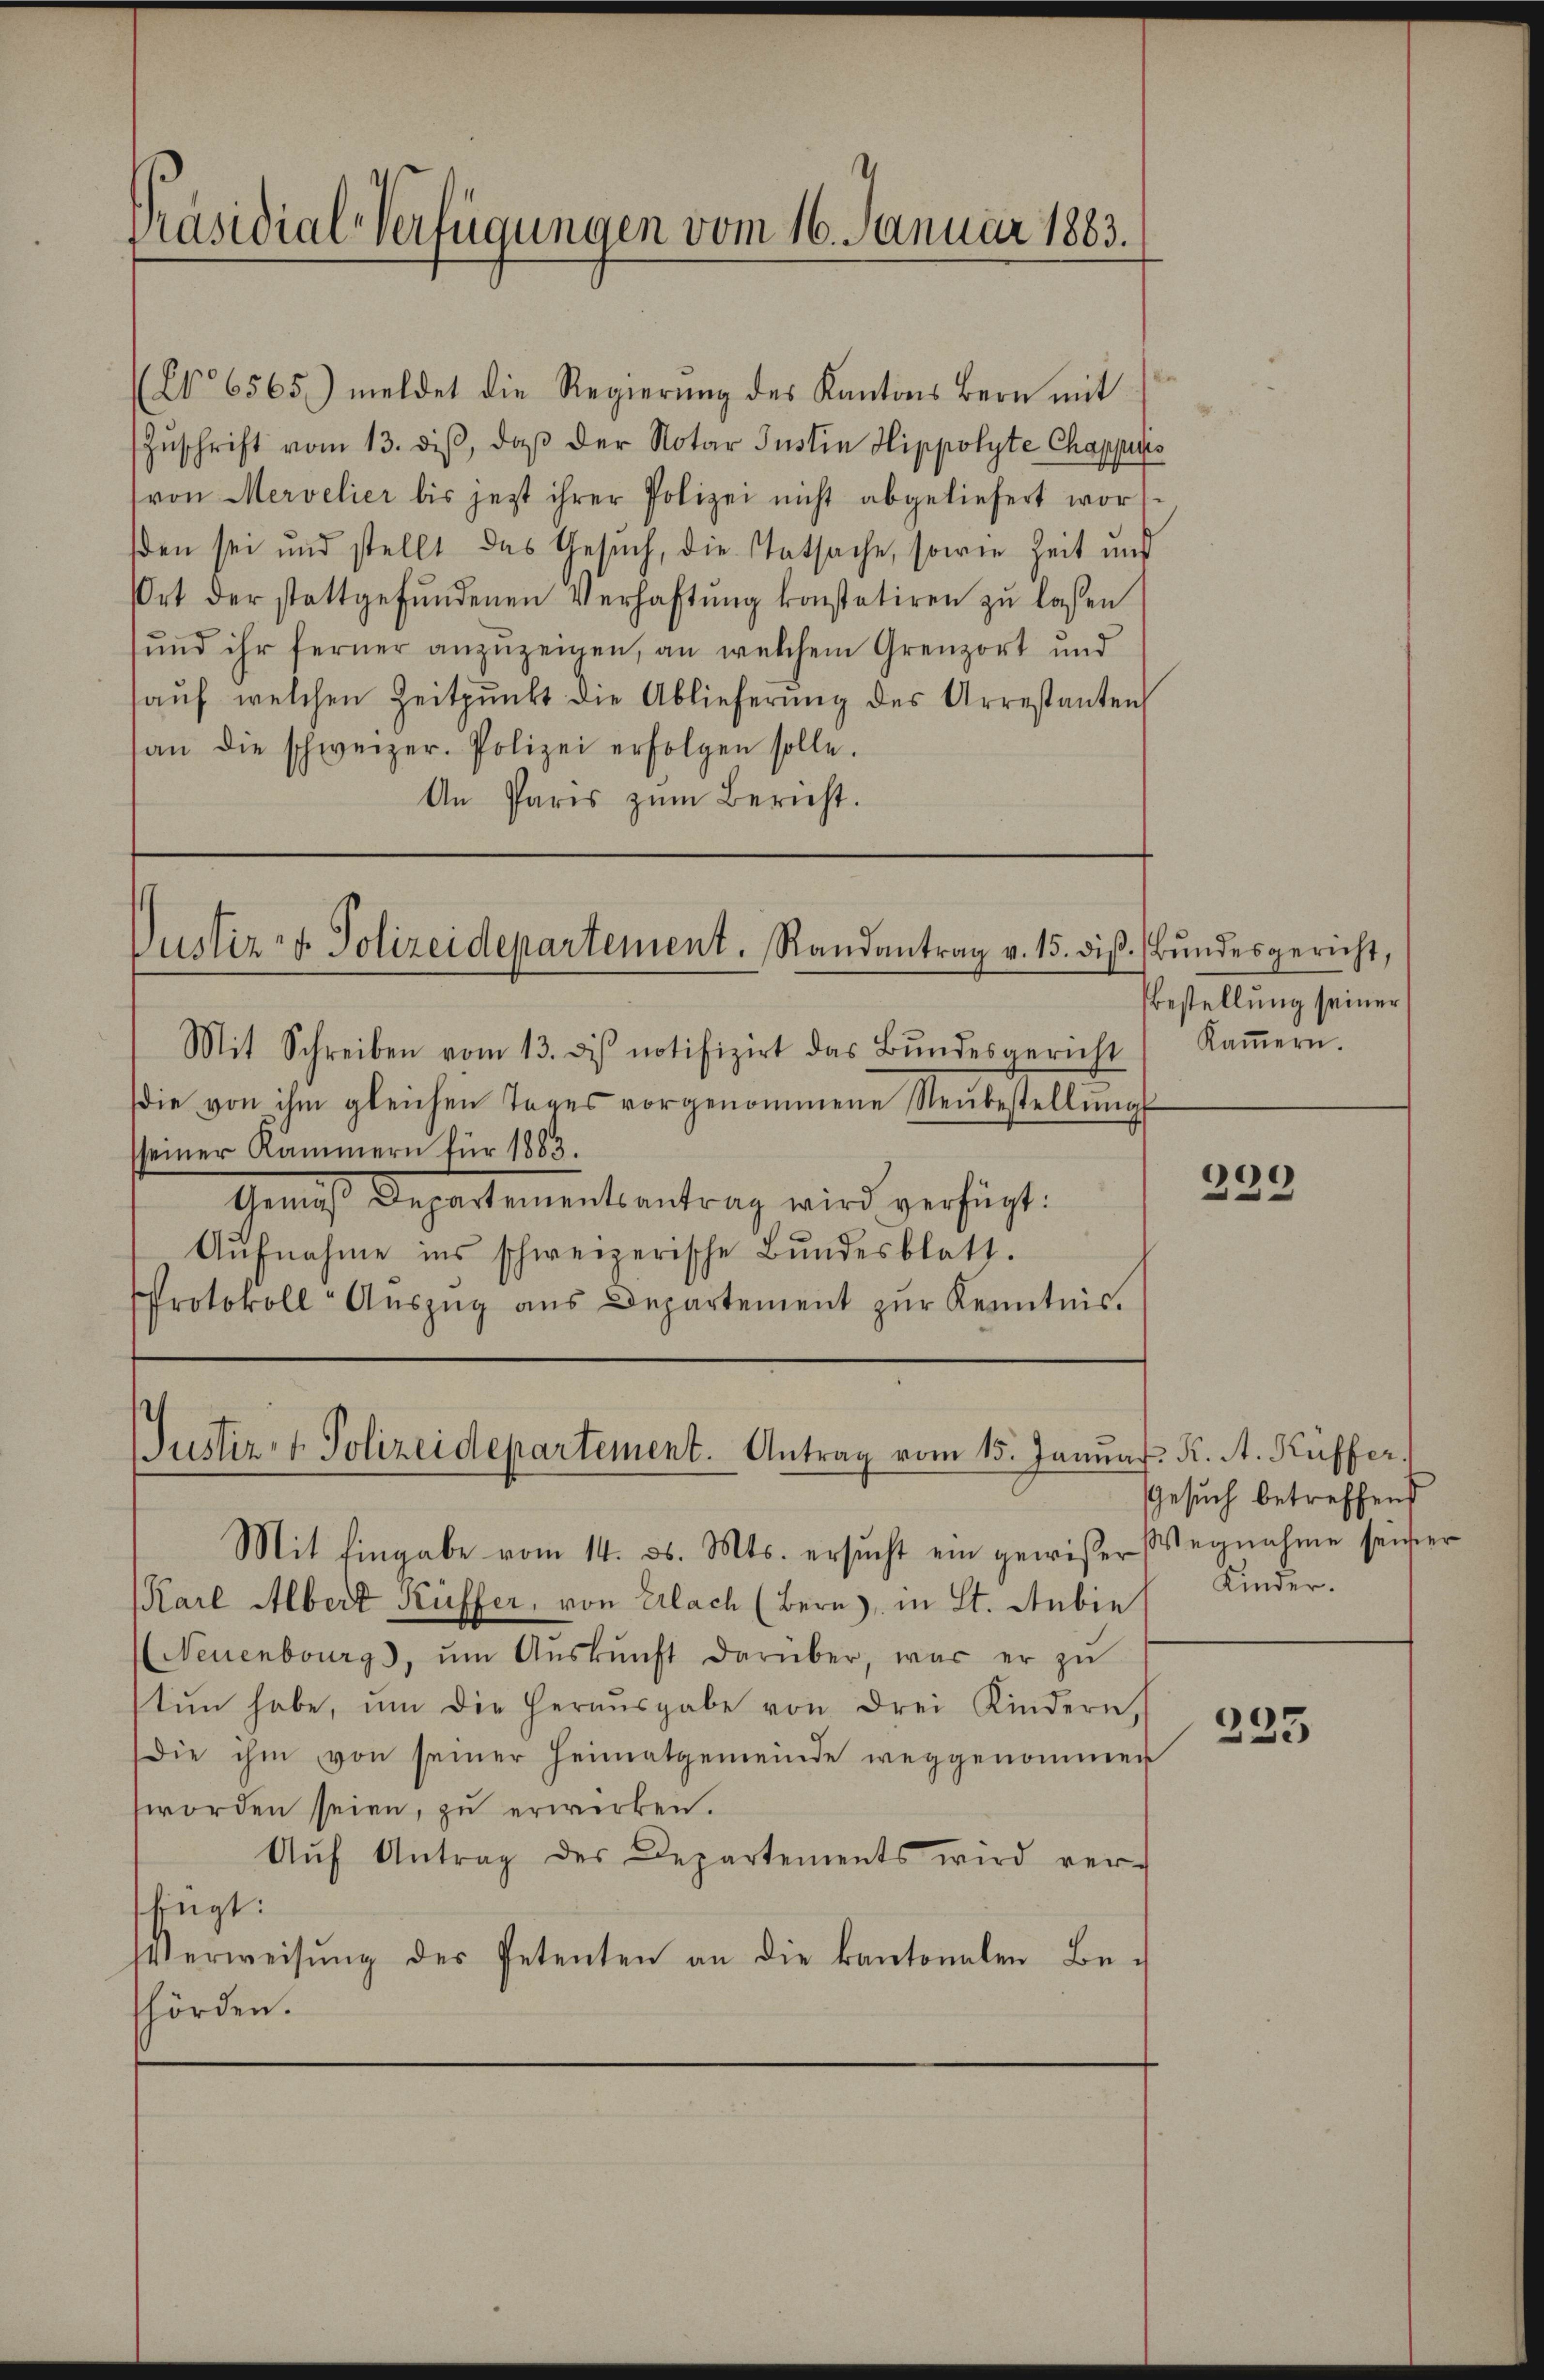
Präsidial-Verfügungen vom 16. Januar 1883.

(No 6565) meldet die Regierung des Kantons Bern mit
Zŭschrift vom 13. diβ, daβ der Notar Justin Hippolyte Chappers
(von Mervelier bis jetzt ihrer Polizei nicht abgeliefert worden sei und stellt das Gesuch, die Statsache, sowie Zeit und
Ort der stattgefŭndenen Verhaftŭng konstatiren zŭ lassen
und ihr ferner anzuzeigen, an welchem Grenzort und
aŭf welchen Zeitpunkt die Ablieferŭng des Arrestanten
an die schweizer. Polizei erfolgen solle.
An Paris zum Bericht.

Justiz- & Polizeidepartement. Randantrag v. 15. diβ.

Mit Schreiben vom 13. des notifizirt das Bŭndesgericht
die von ihm gleichen Tages vorgenommene Neŭbestellŭngs
sseiner Kammern für 1883.
Amnis Departementantrag wird verfügt:
Aŭfnahme ins schweizerische Bundesblatt.
Protokoll-Aŭszŭg aŭs Departement zŭr Kenntnis.

Justiz- & Polizeidepartement. Antrag vom 15. Januar. K. A. Küffer,
Mit Eingabe vom 14. d. Mts. ersucht ein gewißer Wegnahme seiner

Bundesgericht,
Bestellung seiner
Kaṁern.

Karl Albert Küffer, von Erlach (Bern), in St. Gebie
Neuenburg), ŭm Aŭskŭnft darüber, war er zŭ
tŭn habe, ŭm die Heraŭsgabe von drei Kindern,
die ihm von seiner Heimatgemeinde weggenommen
worden seien, zu erwirken.
Aŭf Antrag des Departements wird ver-
fügt:
Verweisŭng des Petenten an die kantonalen Be-
hörden.

399

Gesuch betreffend
Kinder.

235